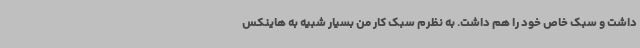
داشت و سبک خاص خود را هم داشت. به نظرم سبک کار من بسیار شبیه به هاینکس